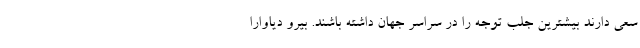
سعی دارند بیشترین جلب توجه را در سراسر جهان داشته باشند. بیرو دیاوارا